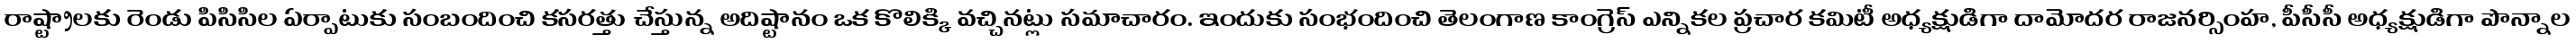
రాష్ట్రాలకు రెండు పిసిసిల ఏర్పాటుకు సంబందించి కసరత్తు చేస్తున్న అదిష్టానం ఒక కొలిక్కి వచ్చినట్లు సమాచారం. ఇందుకు సంభందించి తెలంగాణ కాంగ్రెస్ ఎన్నికల ప్రచార కమిటీ అధ్యక్షుడిగా దామోదర రాజనర్సింహ, పీసీసీ అధ్యక్షుడిగా పొన్నాల